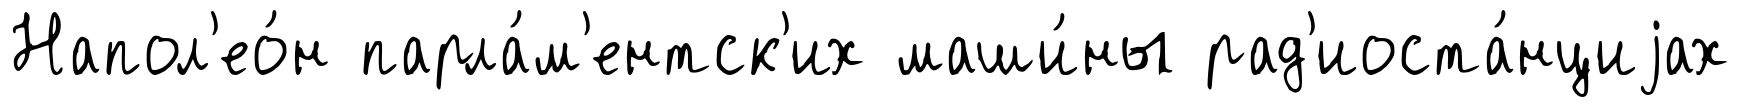
Напол'ео́н парла́м'ентск'их маши́ны рад'иоста́нциjах